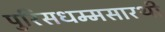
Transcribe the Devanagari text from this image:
पुरिसधम्मसारथी